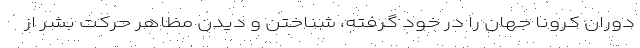
دوران کرونا جهان را در خود گرفته، شناختن و دیدن مظاهر حرکت بشر از